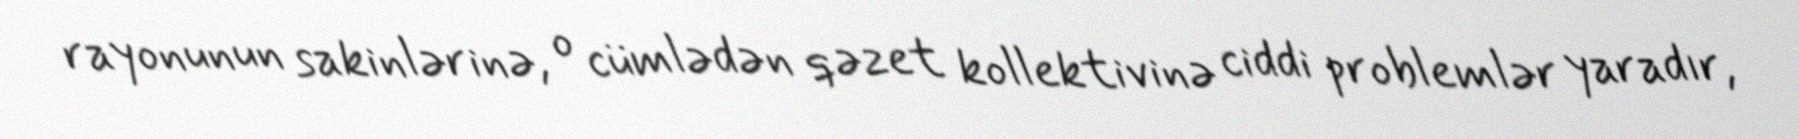
rayonunun sakinlərinə, o cümlədən qəzet kollektivinə ciddi problemlər yaradır,